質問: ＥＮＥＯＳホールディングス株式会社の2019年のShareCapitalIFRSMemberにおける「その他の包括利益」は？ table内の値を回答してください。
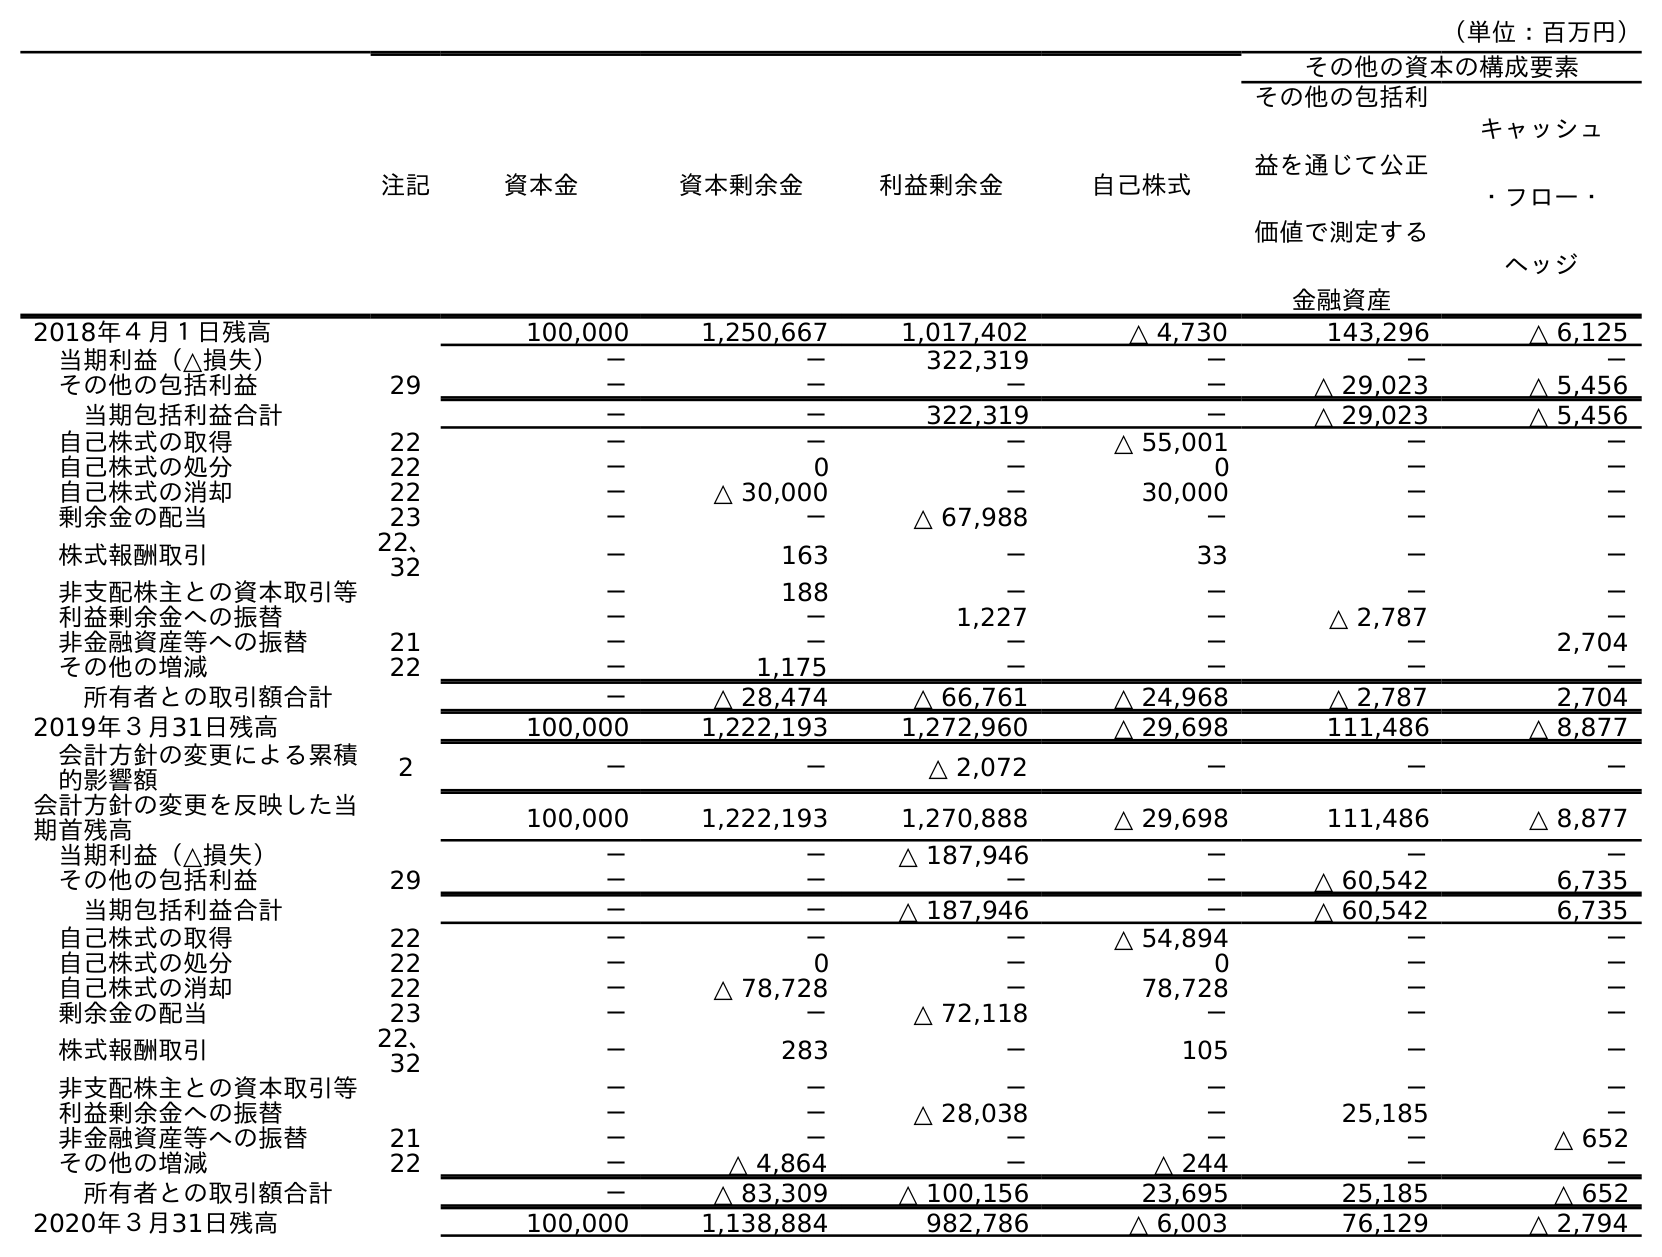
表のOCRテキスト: （単位：百万円） 注記 資本金 資本剰余金 利益剰余金 自己株式 その他の資本の構成要素 その他の包括利 益を通じて公正 価値で測定する 金融資産 キャッシュ ・フロー・ ヘッジ 2018年４月１日残高 100,000 1,250,667 1,017,402 △ 4,730 143,296 △ 6,125 当期利益（△損失） － － 322,319 － － － その他の包括利益 29 － － － － △ 29,023 △ 5,456 当期包括利益合計 － － 322,319 － △ 29,023 △ 5,456 自己株式の取得 22 － － － △ 55,001 － － 自己株式の処分 22 － 0 － 0 － － 自己株式の消却 22 － △ 30,000 － 30,000 － － 剰余金の配当 23 － － △ 67,988 － － － 株式報酬取引 22、 32 － 163 － 33 － － 非支配株主との資本取引等 － 188 － － － － 利益剰余金への振替 － － 1,227 － △ 2,787 － 非金融資産等への振替 21 － － － － － 2,704 その他の増減 22 － 1,175 － － － － 所有者との取引額合計 － △ 28,474 △ 66,761 △ 24,968 △ 2,787 2,704 2019年３月31日残高 100,000 1,222,193 1,272,960 △ 29,698 111,486 △ 8,877 会計方針の変更による累積 的影響額 2 － － △ 2,072 － － － 会計方針の変更を反映した当 期首残高 100,000 1,222,193 1,270,888 △ 29,698 111,486 △ 8,877 当期利益（△損失） － － △ 187,946 － － － その他の包括利益 29 － － － － △ 60,542 6,735 当期包括利益合計 － － △ 187,946 － △ 60,542 6,735 自己株式の取得 22 － － － △ 54,894 － － 自己株式の処分 22 － 0 － 0 － － 自己株式の消却 22 － △ 78,728 － 78,728 － － 剰余金の配当 23 － － △ 72,118 － － － 株式報酬取引 22、 32 － 283 － 105 － － 非支配株主との資本取引等 － － － － － － 利益剰余金への振替 － － △ 28,038 － 25,185 － 非金融資産等への振替 21 － － － － － △ 652 その他の増減 22 － △ 4,864 － △ 244 － － 所有者との取引額合計 － △ 83,309 △ 100,156 23,695 25,185 △ 652 2020年３月31日残高 100,000 1,138,884 982,786 △ 6,003 76,129 △ 2,794
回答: －